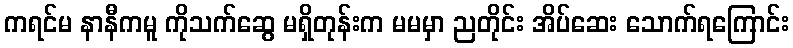
ကရင်မ နာနီကမူ ကိုသက်ဆွေ မရှိတုန်းက မမမှာ ညတိုင်း အိပ်ဆေး သောက်ရကြောင်း